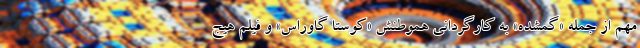
مهم از جمله «گمشده» به کارگردانی هموطنش «کوستا گاوراس» و فیلم هیج